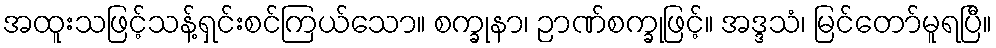
အထူးသဖြင့်သန့်ရှင်းစင်ကြယ်သော။ စက္ခုနာ၊ ဉာဏ်စက္ခုဖြင့်။ အဒ္ဒသံ၊ မြင်တော်မူရပြီ။